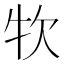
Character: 𤘯